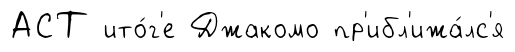
АСТ ито́г'е Джакомо пр'ибл'ижа́лс'я